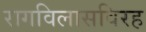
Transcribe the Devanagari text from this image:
रागविलासविरह